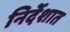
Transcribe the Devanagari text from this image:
निर्देशात